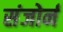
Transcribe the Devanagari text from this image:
संजोर्न